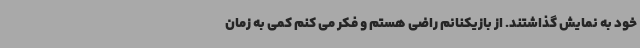
خود به نمایش گذاشتند. از بازیکنانم راضی هستم و فکر می کنم کمی به زمان